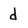
Character: d